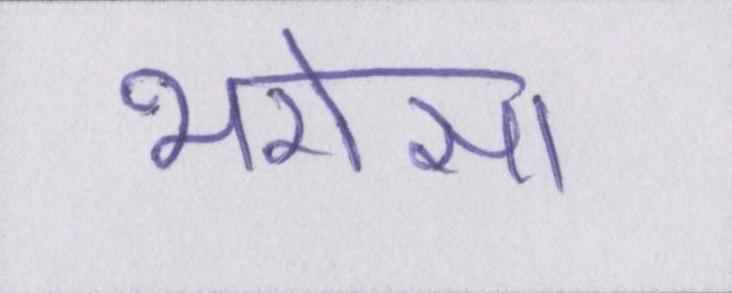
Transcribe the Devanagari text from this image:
भरोसा